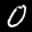
Label: 0